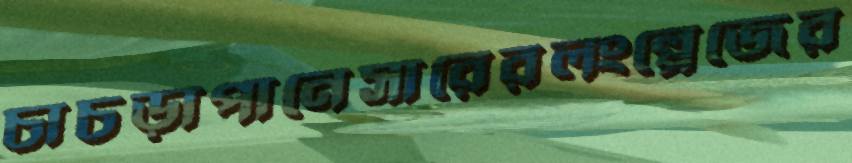
চাচড়াপানেসারেরলংপ্লেজের